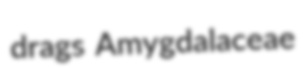
drags Amygdalaceae